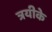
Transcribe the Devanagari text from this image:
त्रयीके